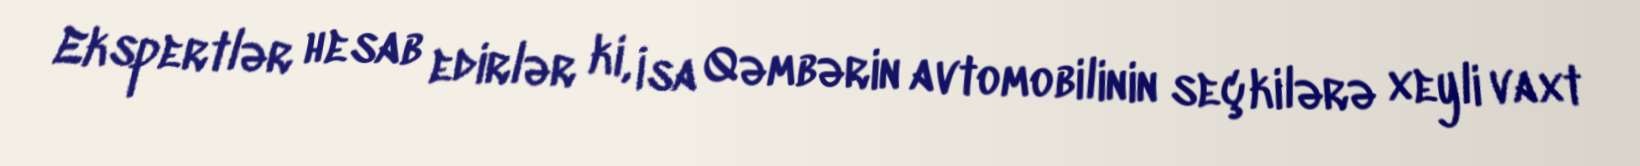
Ekspertlər hesab edirlər ki, İsa Qəmbərin avtomobilinin seçkilərə xeyli vaxt